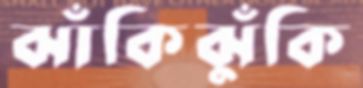
ঝাঁকিঝুঁকি